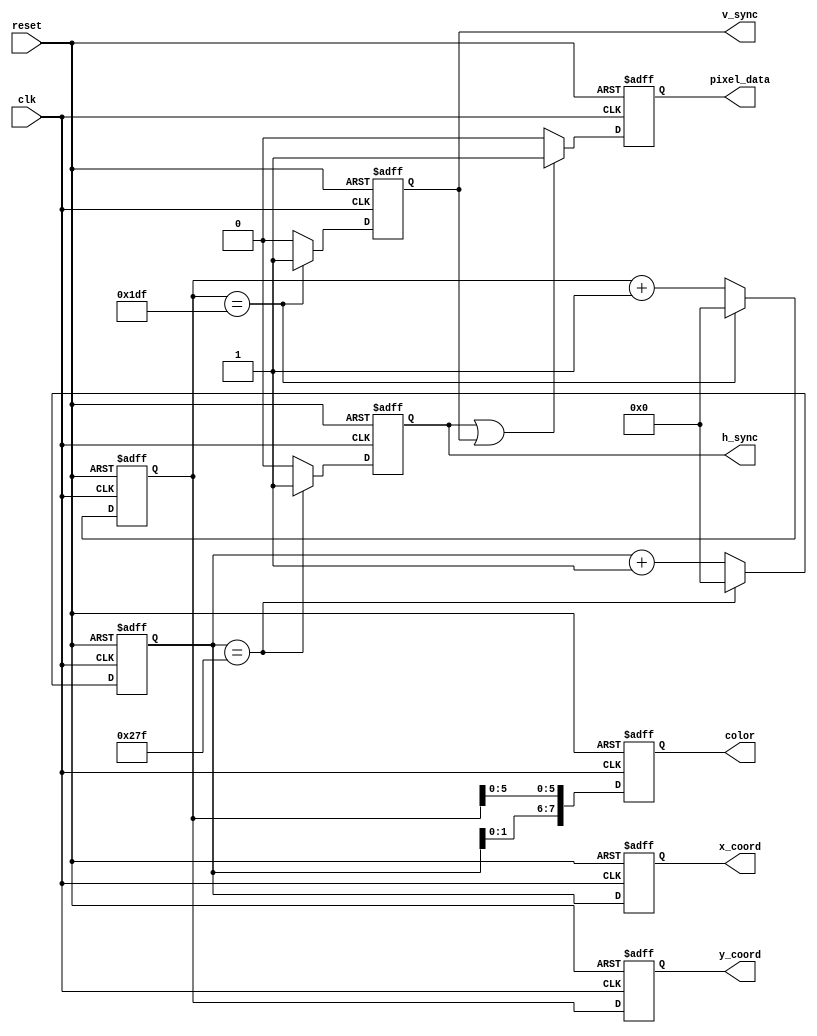
module vga_controller (
    input wire clk,      // Clock signal input
    input wire reset,    // Reset signal input
    output reg h_sync,   // Horizontal synchronization signal output
    output reg v_sync,   // Vertical synchronization signal output
    output reg [7:0] color, // Pixel color output
    output reg pixel_data, // Pixel data output to VGA display
    output reg [9:0] x_coord, // Current x coordinate
    output reg [9:0] y_coord // Current y coordinate
);

reg [9:0] h_count;       // Horizontal count register
reg [9:0] v_count;       // Vertical count register

always @(posedge clk or posedge reset) begin
    if (reset) begin
        h_count <= 0;
        v_count <= 0;
        h_sync  <= 0;
        v_sync  <= 0;
        color <= 8'h00;
        pixel_data <= 0;
        x_coord <= 0;
        y_coord <= 0;
    end else begin
        if (h_count == 639) begin
            h_count <= 0;
            h_sync <= 1;
        end else begin
            h_count <= h_count + 1;
            h_sync <= 0;
        end
        
        if (v_count == 479) begin
            v_count <= 0;
            v_sync <= 1;
        end else begin
            v_count <= v_count + 1;
            v_sync <= 0;
        end
        
        // Determine color based on x and y coordinates
        color <= {h_count[3:0], v_count[5:0]};
        
        // Update pixel data for VGA display
        pixel_data <= (h_sync | v_sync) ? 1 : 0; // Example logic for handling blanking intervals
        x_coord <= h_count;
        y_coord <= v_count;
    end
end

endmodule